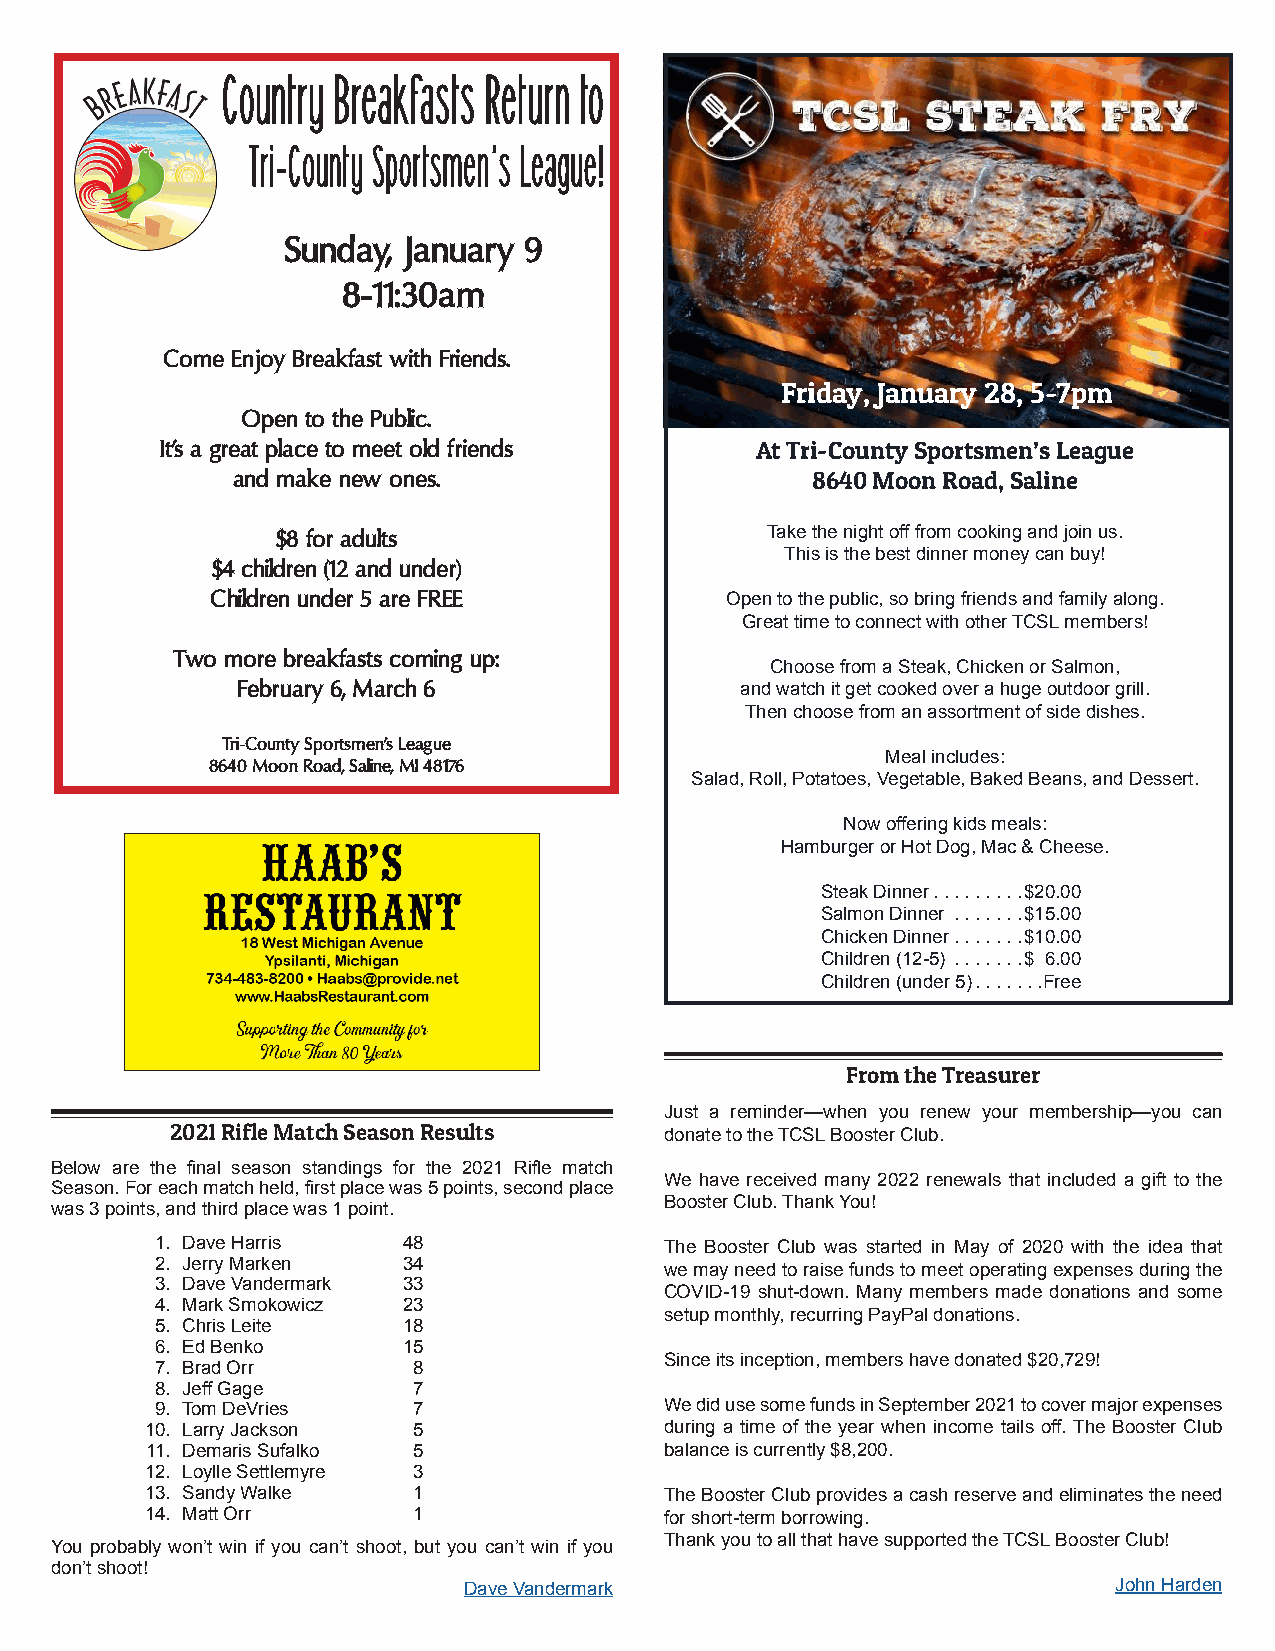
Country Breakfasts Return to
 Tri-County Sportsmen’s League!
 Sunday, January 9
 8-11:30am
 Come Enjoy Breakfast with Friends.
 Friday, January 28, 5-7pm
 Open to the Public.
 It’s a great place to meet old friends At Tri-County Sportsmen’s League
 and make new ones.                     8640 Moon Road, Saline
 $8 for adults                    Take the night off from cooking and join us.
 This is the best dinner money can buy!
 $4 children (12 and under)
 Children under 5 are FREE         Open to the public, so bring friends and family along.
 Great time to connect with other TCSL members!
 Two more breakfasts coming up:
 Choose from a Steak, Chicken or Salmon,
 February 6, March 6              and watch it get cooked over a huge outdoor grill.
 Then choose from an assortment of side dishes.
 Tri-County Sportsmen’s League
 Meal includes:
 8640 Moon Road, Saline, MI 48176
 Salad, Roll, Potatoes, Vegetable, Baked Beans, and Dessert.
 Now offering kids meals:
 Hamburger or Hot Dog, Mac & Cheese.
 Steak Dinner .........$20.00
 Salmon Dinner .......$15.00
 Chicken Dinner . . . . . . .$10.00
 Children (12-5) .......$ 6.00
 Children (under 5) .......Free
 From the Treasurer
 Just a reminder—when you renew your membership—you can
 2021 Rifle Match Season Results  donate to the TCSL Booster Club.
 Below are the final season standings for the 2021 Rifle match
 We have received many 2022 renewals that included a gift to the
 Season. For each match held, first place was 5 points, second place
 Booster Club. Thank You!
 was 3 points, and third place was 1 point.
 1. Dave Harris   48               The Booster Club was started in May of 2020 with the idea that
 2. Jerry Marken  34
 we may need to raise funds to meet operating expenses during the
 3. Dave Vandermark 33
 COVID-19 shut-down. Many members made donations and some
 4. Mark Smokowicz 23
 setup monthly, recurring PayPal donations.
 5. Chris Leite   18
 6. Ed Benko      15
 Since its inception, members have donated $20,729!
 7. Brad Orr      8
 8. Jeff Gage     7
 9. Tom DeVries   7                We did use some funds in September 2021 to cover major expenses
 10. Larry Jackson 5               during a time of the year when income tails off. The Booster Club
 11. Demaris Sufalko 5             balance is currently $8,200.
 12. Loylle Settlemyre 3
 13. Sandy Walke  1                The Booster Club provides a cash reserve and eliminates the need
 14. Matt Orr     1                for short-term borrowing.
 Thank you to all that have supported the TCSL Booster Club!
 You probably won’t win if you can’t shoot, but you can’t win if you
 don’t shoot!
 Dave Vandermark                            John Harden